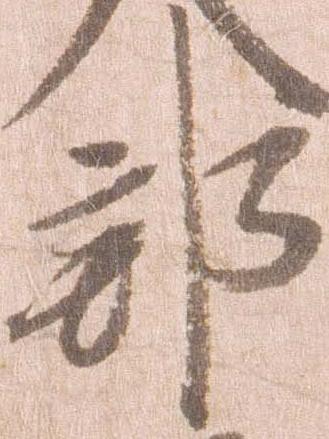
部